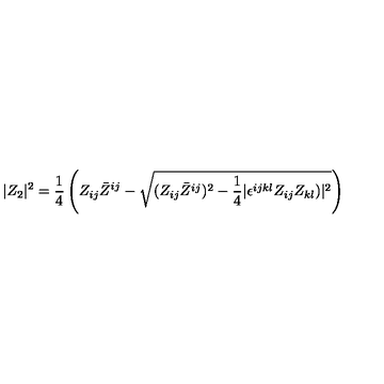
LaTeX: | Z _ { 2 } | ^ { 2 } = { \frac { 1 } { 4 } } \left( Z _ { i j } \bar { Z } ^ { i j } - \sqrt { ( Z _ { i j } \bar { Z } ^ { i j } ) ^ { 2 } - { \frac { 1 } { 4 } } | \epsilon ^ { i j k l } Z _ { i j } Z _ { k l } ) | ^ { 2 } } \right)